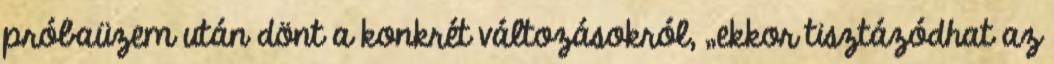
próbaüzem után dönt a konkrét változásokról, „ekkor tisztázódhat az